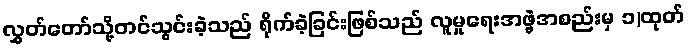
လွှတ်တော်သို့တင်သွင်းခဲ့သည် ရိုက်ခဲ့ခြင်းဖြစ်သည် လူမှုရေးအဖွဲ့အစည်းမှ ၁)ထုတ်